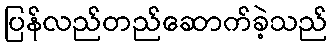
ပြန်လည်တည်ဆောက်ခဲ့သည်